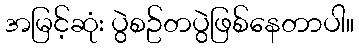
အမြင့်ဆုံး ပွဲစဥ်တပွဲဖြစ်နေတာပါ။